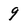
Character: 9